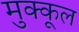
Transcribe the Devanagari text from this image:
मुक्कूल